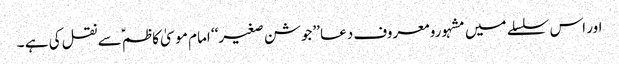
اور اس سلسلے میں مشہورو معروف دعا ’’جوشن صغیر‘‘ امام موسیٰ کاظم ؑسے نقل کی ہے ۔